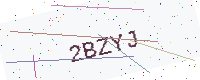
Text: 2BZYJ